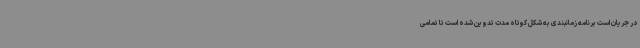
در جریان است برنامه زمانبندی به شکل کوتاه مدت تدوین شده است تا تمامی